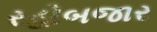
રહોબજાર